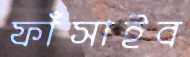
ফাঁসাইব